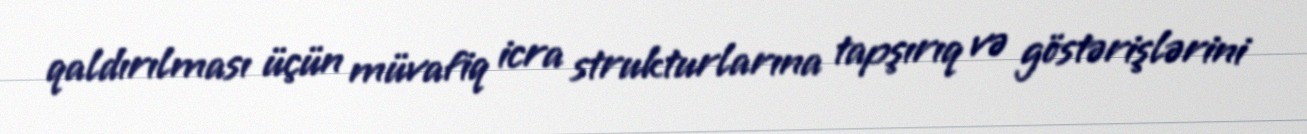
qaldırılması üçün müvafiq icra strukturlarına tapşırıq və göstərişlərini